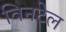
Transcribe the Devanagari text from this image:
विनटेल